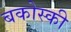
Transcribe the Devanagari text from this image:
बकोस्की